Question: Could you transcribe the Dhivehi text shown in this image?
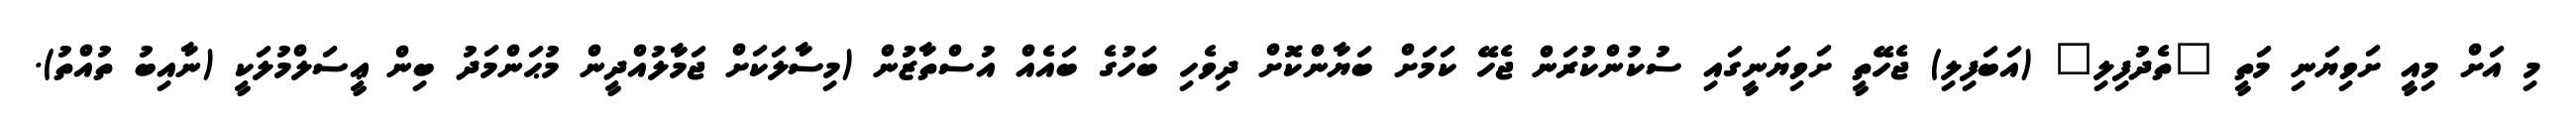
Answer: މި އަށް މިއީ ށަވިޔަނި މަތީ "ތެދުފިލި" (އަބަފިލި) ޖެހޭތީ ށަވިޔަނީގައި ސުކުންކުރަން ޖެހޭ ކަމަށް ބަޔާންކޮށް ދިވެހި ބަހުގެ ބައެއް އުސްތާޒުން (މިސާލަކަށް ޖަމާލުއްދީން މުޙަންމަދު ބިން ޢީސަލްމުލަކީ (ނާއިބު ތުއްތު).